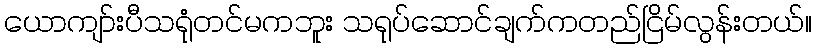
ယောကျာ်းပီသရုံတင်မကဘူး သရုပ်ဆောင်ချက်ကတည်ငြိမ်လွန်းတယ်။